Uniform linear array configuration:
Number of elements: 8
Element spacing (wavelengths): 0.25
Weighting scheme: hamming
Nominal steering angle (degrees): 0
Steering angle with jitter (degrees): -1.633
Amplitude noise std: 0.05
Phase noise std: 0.05

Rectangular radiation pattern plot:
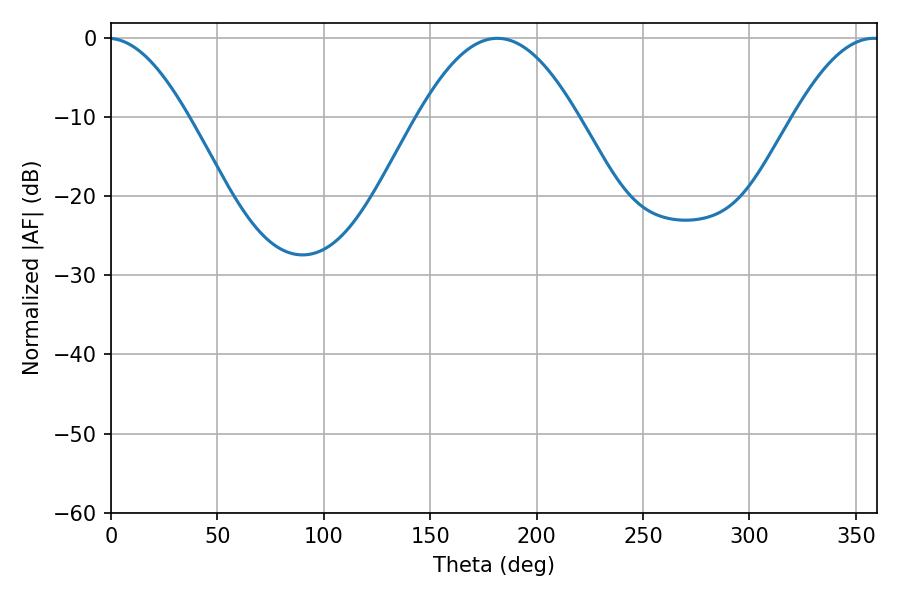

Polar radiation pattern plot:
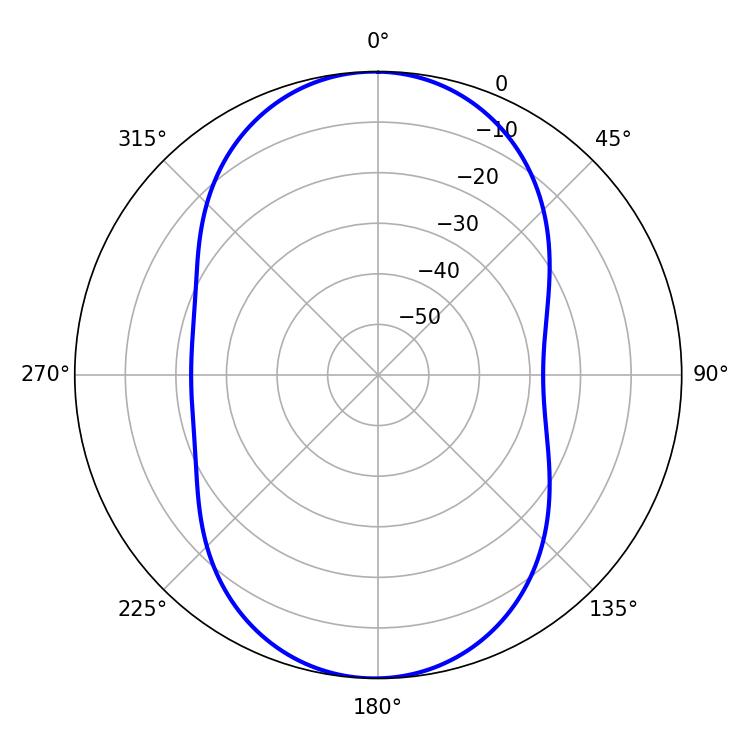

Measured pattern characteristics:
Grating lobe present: FALSE
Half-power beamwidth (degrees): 40.86
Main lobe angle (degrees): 181.62